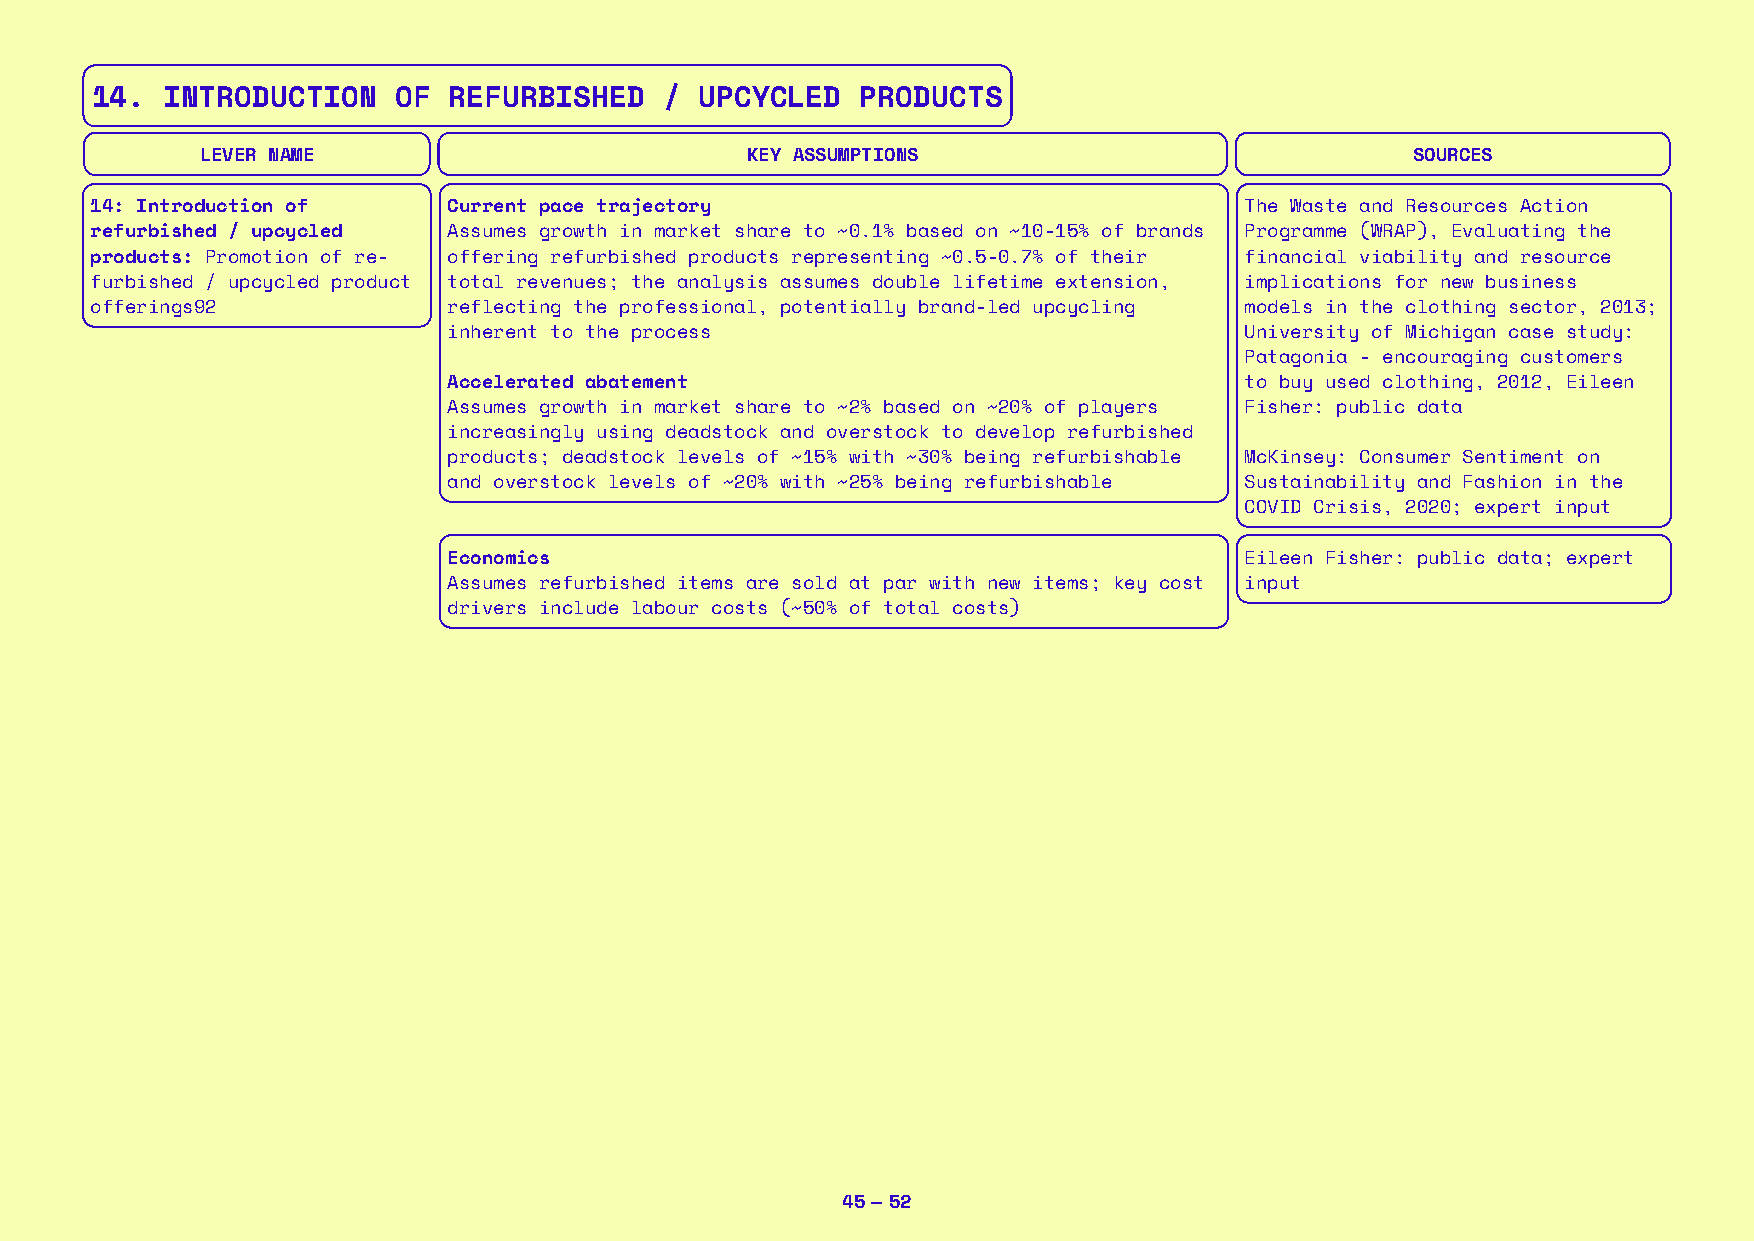
14.  INTRODUCTION   OF  REFURBISHED   / UPCYCLED   PRODUCTS
 LEVER NAME                          KEY ASSUMPTIONS                              SOURCES
 14: Introduction of     Current pace trajectory                             The Waste and Resources Action
 refurbished / upcycled  Assumes growth in market share to ~0.1% based on ~10-15% of brands Programme (WRAP), Evaluating the
 products: Promotion of re- offering refurbished products representing ~0.5-0.7% of their financial viability and resource
 furbished / upcycled product total revenues; the analysis assumes double lifetime extension, implications for new business
 offerings92             reflecting the professional, potentially brand-led upcycling models in the clothing sector, 2013;
 inherent to the process                             University of Michigan case study:
 Patagonia - encouraging customers
 Accelerated abatement                               to buy used clothing, 2012, Eileen
 Assumes growth in market share to ~2% based on ~20% of players Fisher: public data
 increasingly using deadstock and overstock to develop refurbished
 products; deadstock levels of ~15% with ~30% being refurbishable McKinsey: Consumer Sentiment on
 and overstock levels of ~20% with ~25% being refurbishable Sustainability and Fashion in the
 COVID Crisis, 2020; expert input
 Economics                                           Eileen Fisher: public data; expert
 Assumes refurbished items are sold at par with new items; key cost input
 drivers include labour costs (~50% of total costs)
 45 — 52